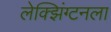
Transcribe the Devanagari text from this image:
लेक्झिंग्टनला